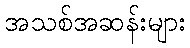
အသစ်အဆန်းများ